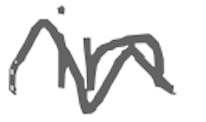
Text: in
Cross-out: wave
Writing tool: digital_gray